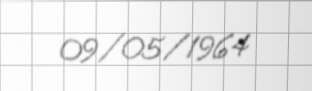
09/05/1964